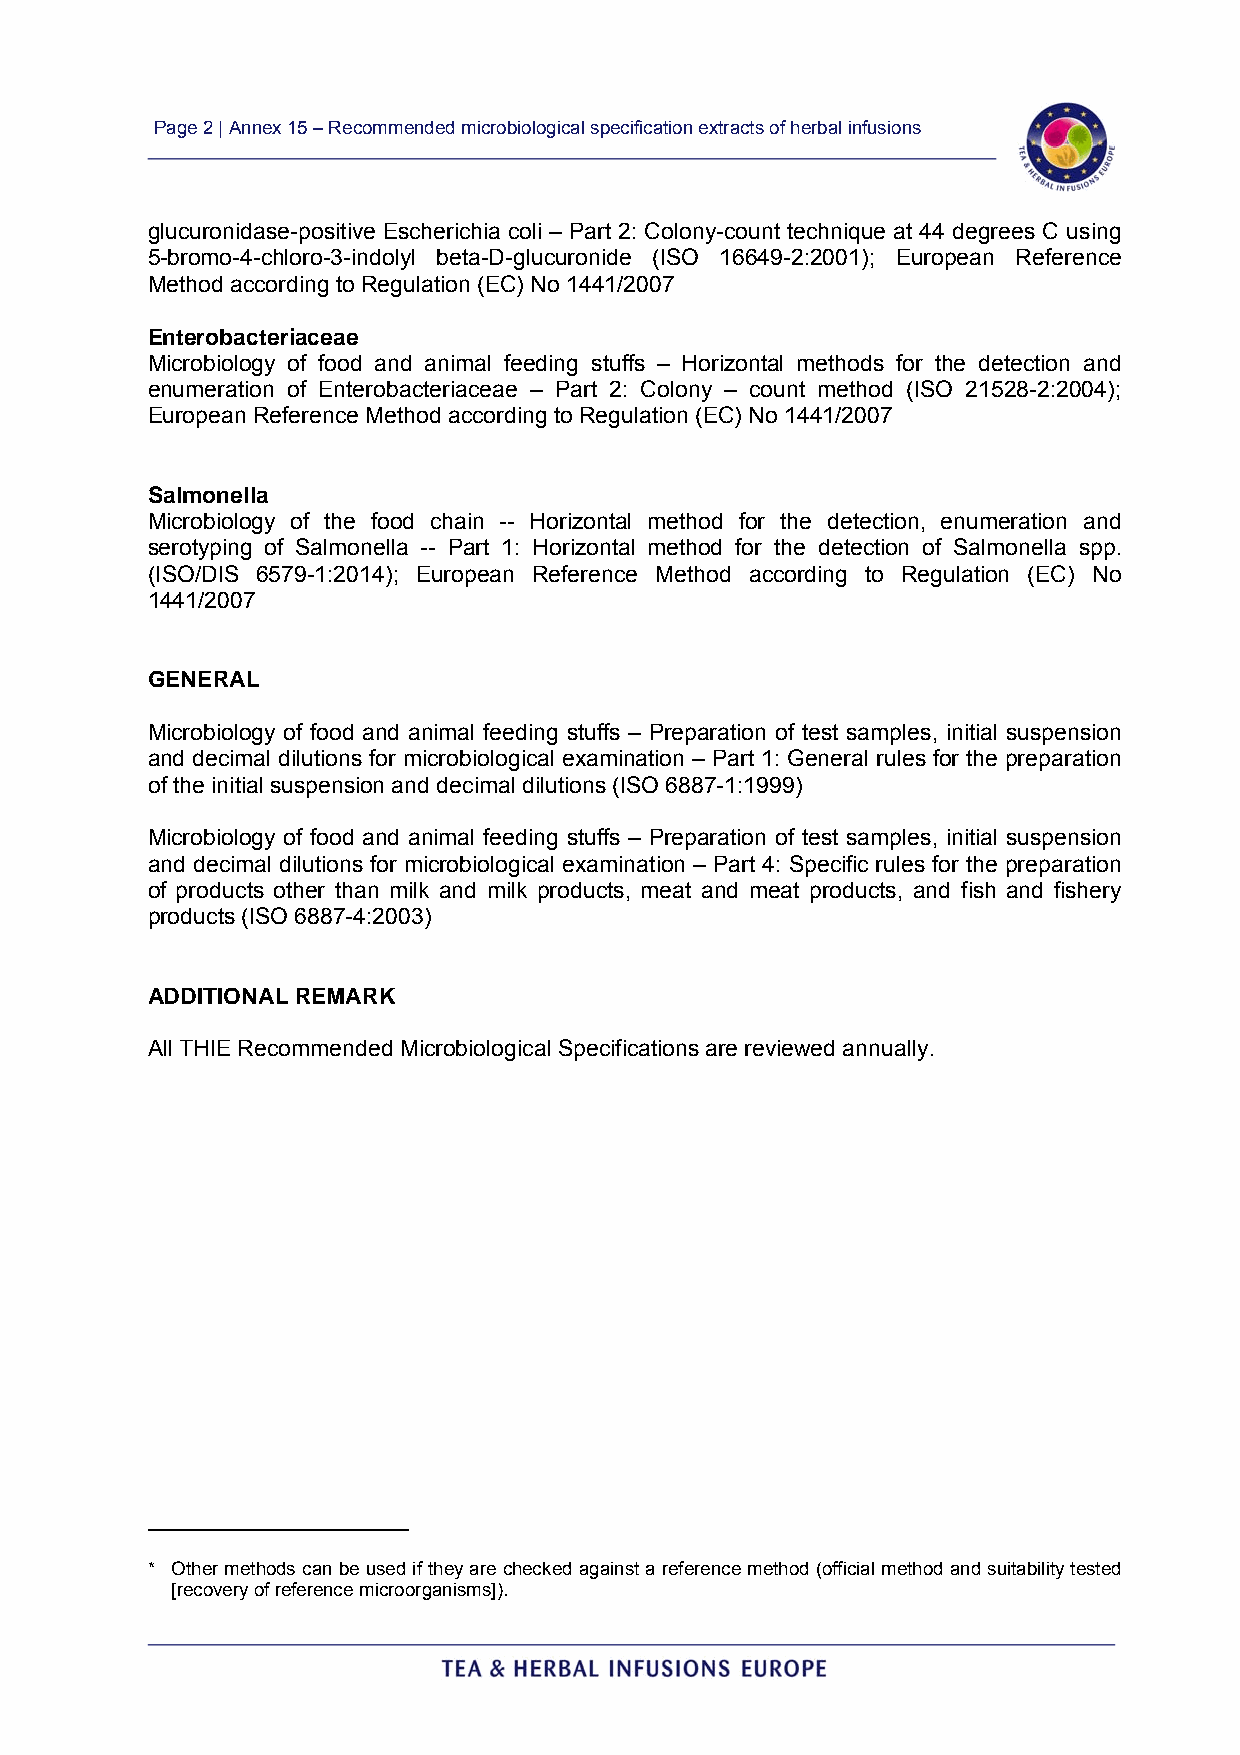
Page 2 | Annex 15 – Recommended microbiological specification extracts of herbal infusions
 glucuronidase-positive Escherichia coli – Part 2: Colony-count technique at 44 degrees C using
 5-bromo-4-chloro-3-indolyl beta-D-glucuronide (ISO 16649-2:2001); European Reference
 Method according to Regulation (EC) No 1441/2007
 Enterobacteriaceae
 Microbiology of food and animal feeding stuffs – Horizontal methods for the detection and
 enumeration of Enterobacteriaceae – Part 2: Colony – count method (ISO 21528-2:2004);
 European Reference Method according to Regulation (EC) No 1441/2007
 Salmonella
 Microbiology of the food chain -- Horizontal method for the detection, enumeration and
 serotyping of Salmonella -- Part 1: Horizontal method for the detection of Salmonella spp.
 (ISO/DIS 6579-1:2014); European Reference Method according to Regulation (EC) No
 1441/2007
 GENERAL
 Microbiology of food and animal feeding stuffs – Preparation of test samples, initial suspension
 and decimal dilutions for microbiological examination – Part 1: General rules for the preparation
 of the initial suspension and decimal dilutions (ISO 6887-1:1999)
 Microbiology of food and animal feeding stuffs – Preparation of test samples, initial suspension
 and decimal dilutions for microbiological examination – Part 4: Specific rules for the preparation
 of products other than milk and milk products, meat and meat products, and fish and fishery
 products (ISO 6887-4:2003)
 ADDITIONAL REMARK
 All THIE Recommended Microbiological Specifications are reviewed annually.
 _________________________
 * Other methods can be used if they are checked against a reference method (official method and suitability tested
 [recovery of reference microorganisms]).